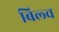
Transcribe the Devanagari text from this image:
बिल्च